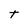
Character: t